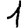
Digit: 1